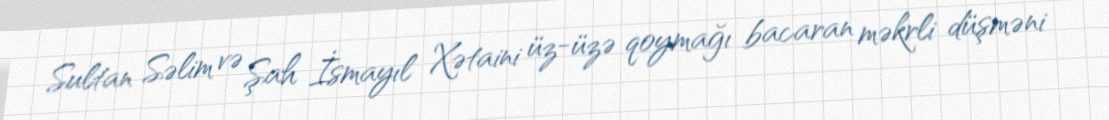
Sultan Səlim və Şah İsmayıl Xətaini üz-üzə qoymağı bacaran məkrli düşməni